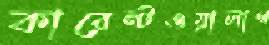
কারেন্টওয়ালাগ